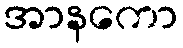
အာနကော